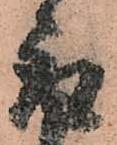
取